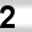
Digit: 2